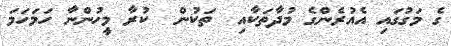
ގެ މަގުގައި އެއުރެންގެ މުދާތަކާއި  ތަކުން  ކުރާ މީހުންނާ ހަމަހަމަ